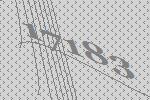
17183